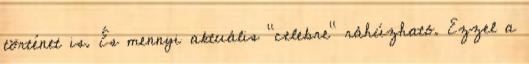
történet is. És mennyi aktuális "celebre" ráhúzható. Ezzel a